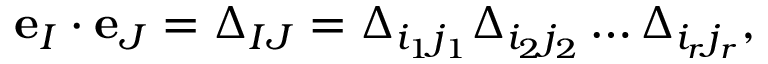
{ \mathbf e } _ { I } \cdot { \mathbf e } _ { J } = \Delta _ { I J } = \Delta _ { i _ { 1 } j _ { 1 } } \Delta _ { i _ { 2 } j _ { 2 } } \dots \Delta _ { i _ { r } j _ { r } } ,